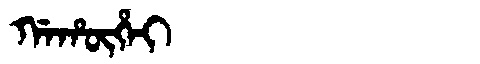
Manchu: ᡤᠠᡥᡡᡥᠠᡳ
Romanization: GAHŪHAI